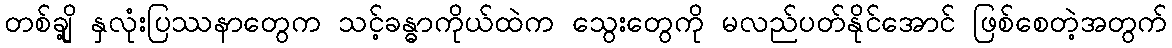
တစ်ချို့ နှလုံးပြဿနာတွေက သင့်ခန္ဓာကိုယ်ထဲက သွေးတွေကို မလည်ပတ်နိုင်အောင် ဖြစ်စေတဲ့အတွက်